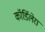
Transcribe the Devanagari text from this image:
कॉर्डिलेरा